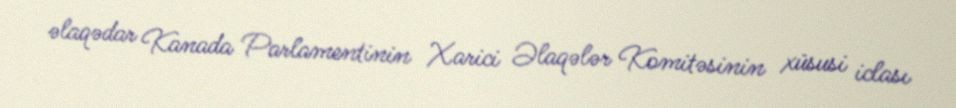
əlaqədar Kanada Parlamentinin Xarici Əlaqələr Komitəsinin xüsusi iclası